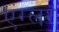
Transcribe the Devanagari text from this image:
एंग्लर